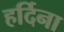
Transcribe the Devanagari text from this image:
हर्दिना